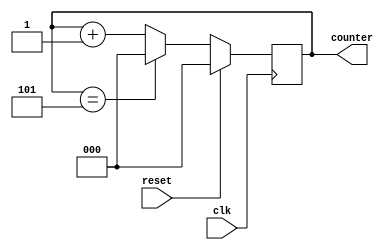
`timescale 1ns / 1ps

module mod_n_counter
      #(parameter N = 6,
        parameter LENGTH = 3)
        
       (input clk,reset, output reg [LENGTH-1:0] counter);
        
        always@(posedge clk)
        begin
            if(reset)
            counter <= 0;
            else
                if(counter == N-1)
                counter <= 0;
                else
                counter <= counter + 1;
         end        
endmodule